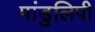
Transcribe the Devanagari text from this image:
पांडुलिपी